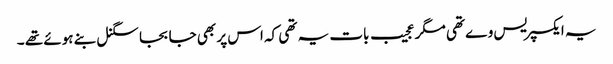
یہ ایکسپریس وے تھی مگر عجیب بات یہ تھی کہ اس پر بھی جا بجا سگنل بنے ہوئے تھے ۔